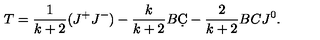
T = \frac { 1 } { k + 2 } ( J ^ { + } J ^ { - } ) - \frac { k } { k + 2 } B \d C - \frac { 2 } { k + 2 } B C J ^ { 0 } .